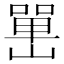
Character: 𡼯